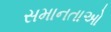
સમાનતાઓ